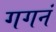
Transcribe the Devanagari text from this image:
गगनं